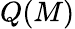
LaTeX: Q(M)